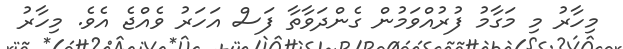
މިހާރު މި މަގާމު ފުރުއްވަމުން ގެންދަވާތާ ފަސް އަހަރު ވެއްޖެ އެވެ. މިހާރު